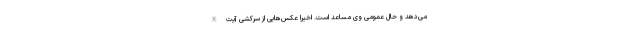
می‌دهد و حال عمومی وی مساعد است. اخیرا عکس‌هایی از سرکشی آیت‌الله